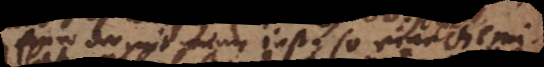
Einer der mit einem inst. so eine chemi